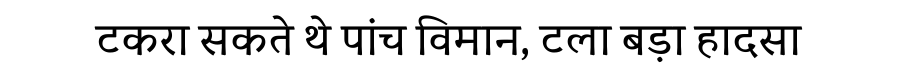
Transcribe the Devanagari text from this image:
टकरा सकते थे पांच विमान, टला बड़ा हादसा